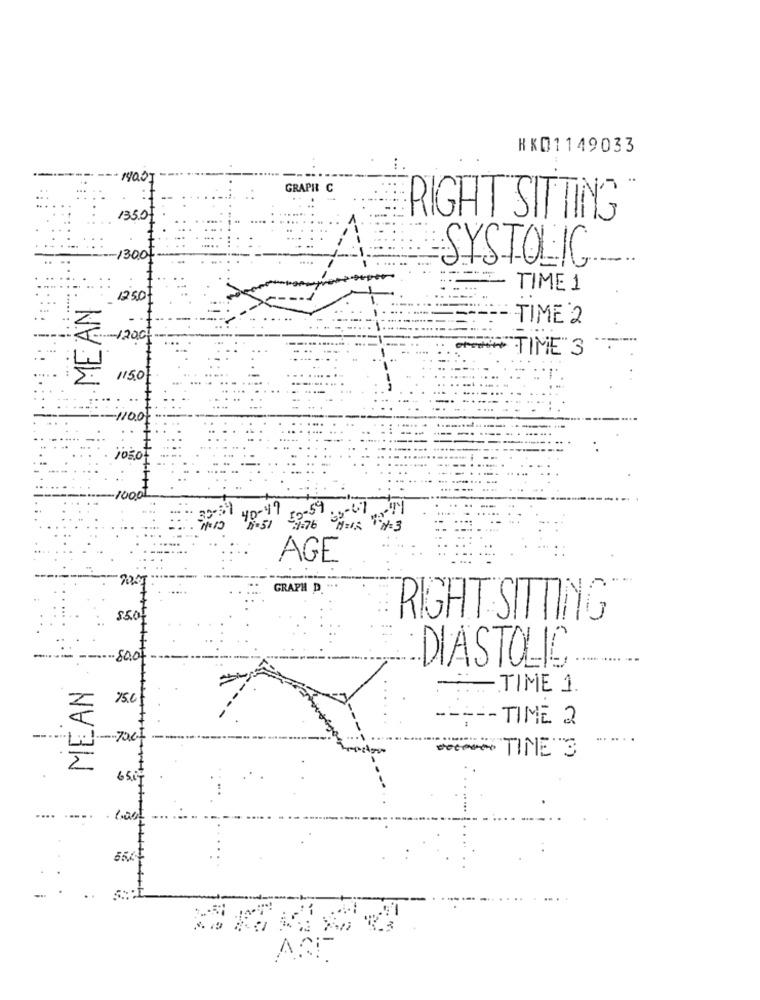
HK01149033
19001
GRAPH C
1350
RIGHT SITTING
1300
SYSTOLIC
---
TIME 1
MEAN
12:50
TIME 2
TIME 3
1150
1100
40-49 59-59 3-41
AGE
GRAPH D.
$5.00
RIGHT SITTING
-80.0
DIASTOLIC
MEAN
-:
TIME 1.
75.0
2
----- TIME 2
7067
TINE 3
....